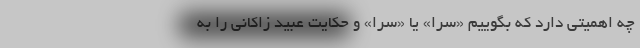
چه اهمیتی دارد که بگوییم «سَرا» یا «سُرا» و حکایت عبید زاکانی را به